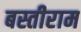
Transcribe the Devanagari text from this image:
बस्तीराम